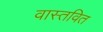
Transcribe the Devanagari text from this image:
वास्तवित